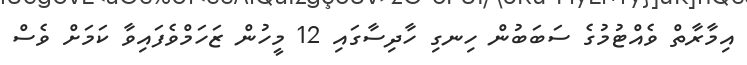
އިމާރާތް ވެއްޓުމުގެ ސަބަބުން ހިނގި ހާދިސާގައި 12 މީހުން ޒަހަމްވެފައިވާ ކަމަށް ވެސް